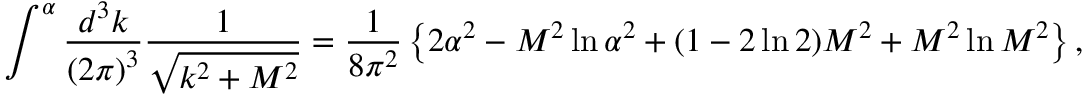
\int ^ { \alpha } \frac { d ^ { 3 } k } { { ( 2 \pi ) } ^ { 3 } } \frac { 1 } { \sqrt { k ^ { 2 } + M ^ { 2 } } } = \frac { 1 } { 8 \pi ^ { 2 } } \left\{ 2 \alpha ^ { 2 } - M ^ { 2 } \ln \alpha ^ { 2 } + ( 1 - 2 \ln 2 ) M ^ { 2 } + M ^ { 2 } \ln M ^ { 2 } \right\} ,